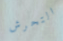
التحرش